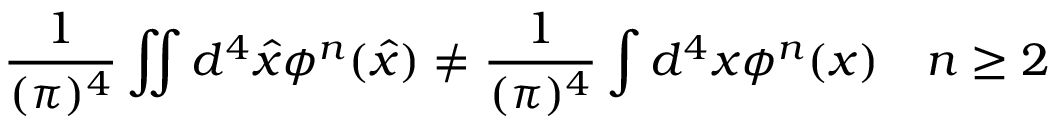
{ \frac { 1 } { ( \pi ) ^ { 4 } } } \int \! \! \! \int d ^ { 4 } \widehat { x } \phi ^ { n } ( \widehat { x } ) \neq { \frac { 1 } { ( \pi ) ^ { 4 } } } \int d ^ { 4 } x \phi ^ { n } ( x ) \quad n \geq 2